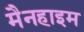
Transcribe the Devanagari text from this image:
मैनहाइम